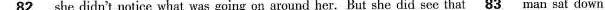
\underline{82} that she didn't notice what was going on around her. But she did see that \underline{83} man sat down